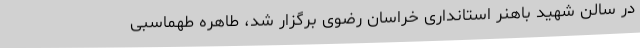
در سالن شهید باهنر استانداری خراسان رضوی برگزار شد، طاهره طهماسبی